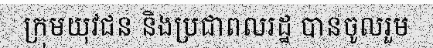
ក្រុមយុវជន និងប្រជាពលរដ្ឋ បានចូលរួម